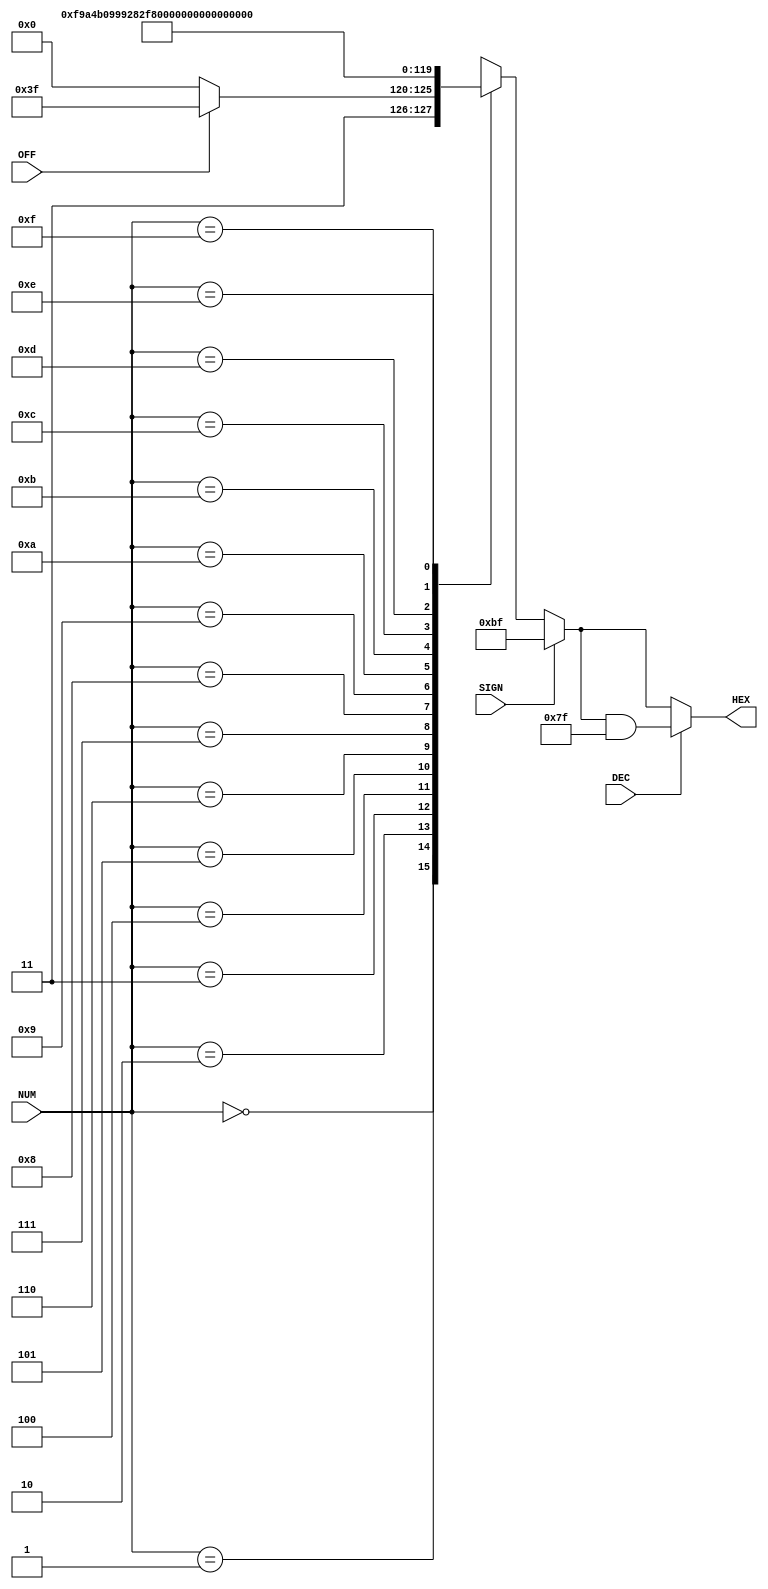
/* Usage:
 * Input 4 bit number for hex to diplay 
 * 	if no num specified, display will be off
 * Input 1 bit for decimal, 1 to display
 * Input 01 bit for sign, 00 for positive
 *   if sign (-), number input ignored
 *   if binary 2, hex will be blank
 */

module hex_driver(
		  
		  input [3:0] 	   NUM,
		  input 	   DEC,
		  input 	   SIGN,
		  input 	   OFF,
	      
		  output reg [7:0] HEX
		  
		  );
		  
		

   always @(NUM, DEC, SIGN, OFF)
     begin
	if(~SIGN)
	 begin
	  HEX = 8'b11111111;
	 end
	
	case(NUM)
	  4'b0000: //dec 0
	  begin
	    HEX = 8'b11000000;
		 if(OFF)
	  HEX = 8'b11111111;
	 end
	  4'b0001: //dec 1
	    HEX = 8'b11111001;
	  4'b0010: //dec 2
	    HEX = 8'b10100100;
	  4'b0011: //dec 3
	    HEX = 8'b10110000;
	  4'b0100: //dec 4
	    HEX = 8'b10011001;
	  4'b0101: //dec 5
	    HEX = 8'b10010010;
	  4'b0110: //dec 6
	    HEX = 8'b10000010;
	  4'b0111: //dec 7
	    HEX = 8'b11111000;
	  4'b1000: //dec 8
	    HEX = 8'b10000000;
	  4'b1001: //dec 9
	    HEX = 8'b10010000;
	  4'b1010: //hex A
	    HEX = 8'b10001000;
	  4'b1011: //hex B
	    HEX = 8'b10000011;
	  4'b1100: //hex C
	    HEX = 8'b11000110;
	  4'b1101: //hex D
	    HEX = 8'b10100001;
	  4'b1110: //hex E
	    HEX = 8'b10000110;
	  4'b1111: //hex F
	    HEX = 8'b10001110;
	  default:
	HEX = 8'b11111111;
	endcase // case (NUM)

	
	 if(SIGN)
	 begin
	  HEX = 8'b10111111;
	 end

	
	if(DEC)
	 begin
	  HEX = HEX & 8'b01111111;
	 end
	
     end
   endmodule